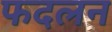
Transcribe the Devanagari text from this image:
फदलन